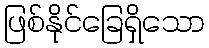
ဖြစ်နိုင်ခြေရှိသော